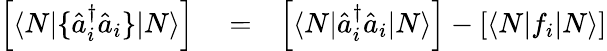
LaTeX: \begin{array}{rlr}{\left[\langle N|\{ \hat{a}_{i}^{\dagger}\hat{a}_{i}\} |N\rangle\right]}&{{}=}&{\left[\langle N|\hat{a}_{i}^{\dagger}\hat{a}_{i}|N\rangle\right]-\left[\langle N|f_{i}|N\rangle\right]}\end{array}